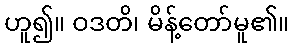
ဟူ၍။ ဝဒတိ၊ မိန့်တော်မူ၏။